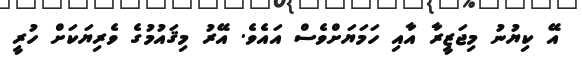
އޭ ކިޔުނު މިޖަޒީރާ އާއި ހަމަޔަށްވެސް އައެވެ. އޭރު މިޤައުމުގެ ވެރިޔަކަށް ހުރީ